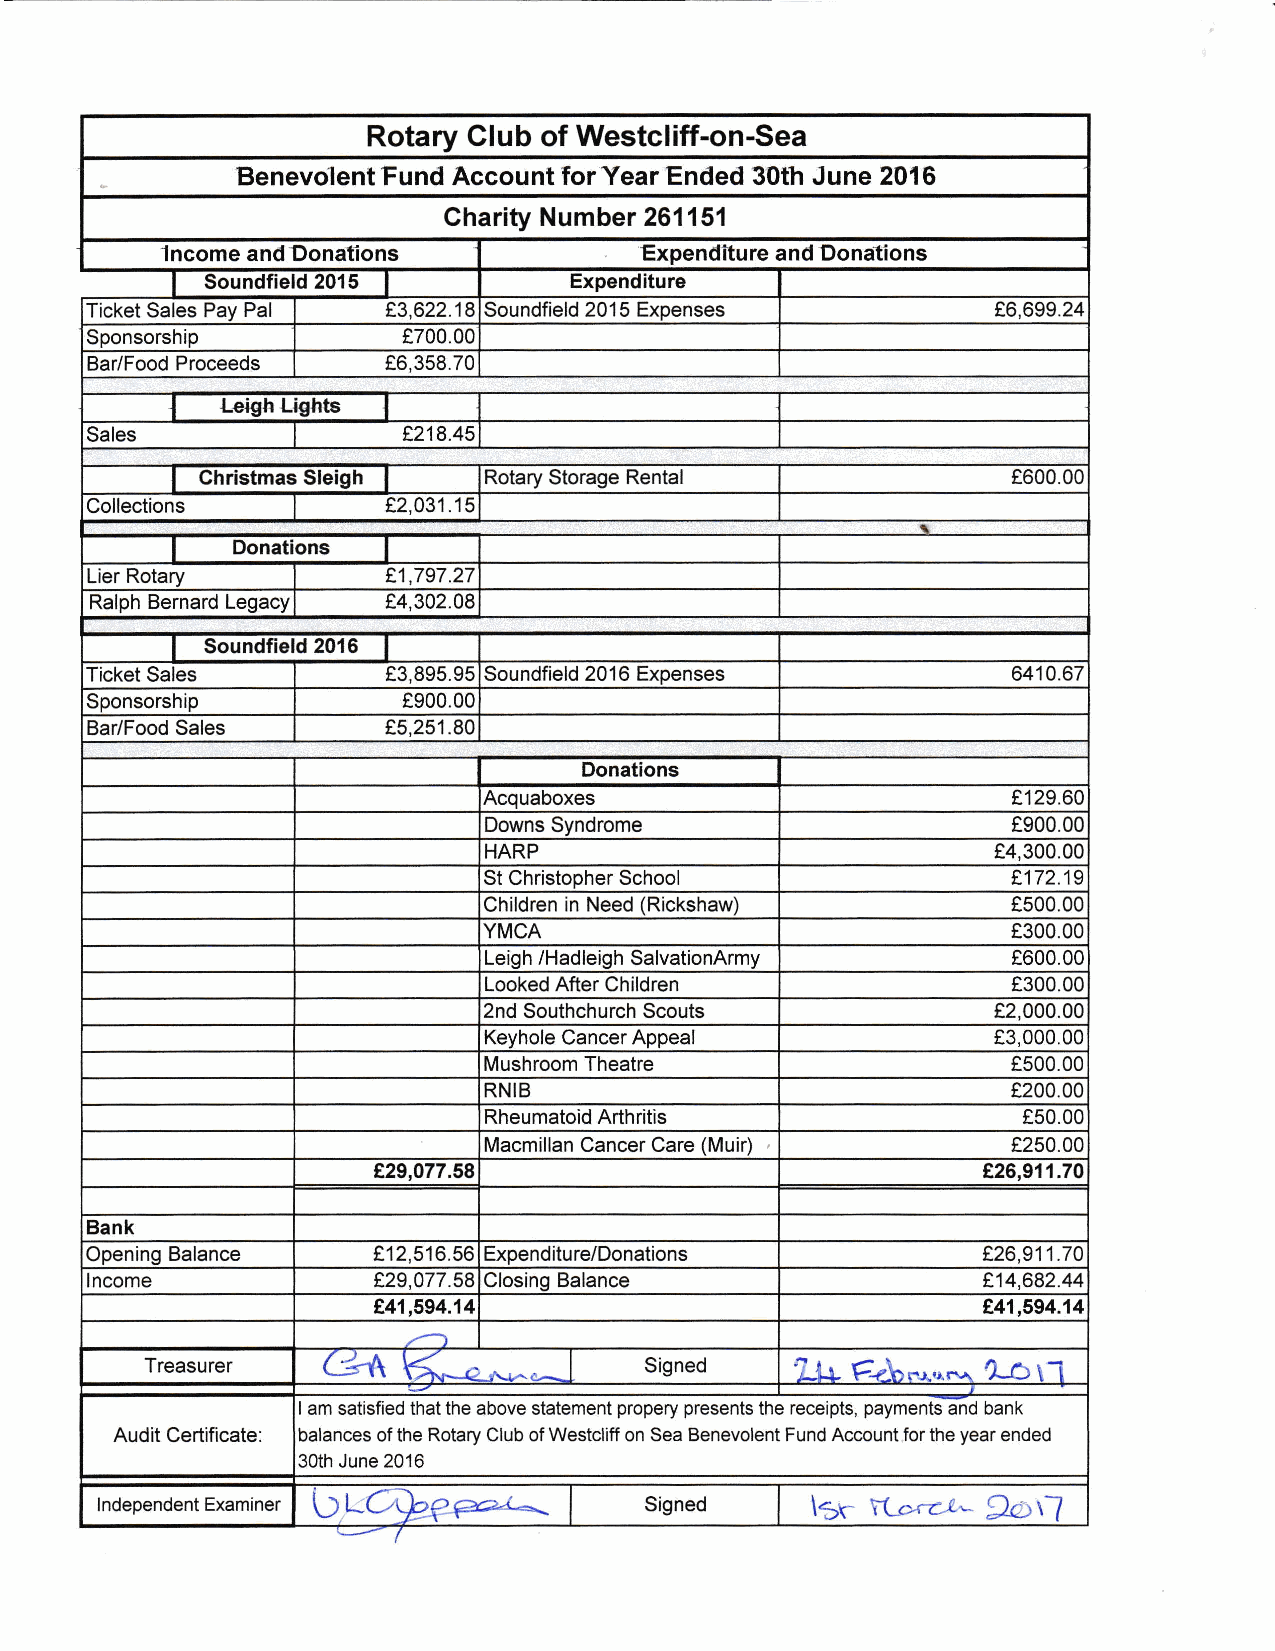
Rotary Club of Westcliff-on-Sea
 Benevolent Fund Account forYear Ended 30th June 2016
 Charity Number 261151
 Income and Donations           Expendfture and Donalions
 Soundfield 2015         Expenditure
 Ticket Sales Pay Pal 83,622.18 Soundfield 201 5 Expenses    e6,699.24
 Sponsorship          t700.00
 Bar/Food Proceeds   e6,358.70
 Le(lh Li{thts
 Sales                8218.45
 Christmas Sleigh   Rotary Storage Rental              f600.00
 Collections         e2,031 .15
 I
 Donations
 Lier Rotary         81,797.27
 Ralph Bernard Legacy 84,302.08
 Soundfield 2016
 Ticket Sales        83.895.95 Soundfield 201 6 Expenses      6410.67
 Sponsorship          f900.00
 Bar/Food Sales      85,251.80
 Donatlons
 Acquaboxes                         f129.60
 Downs Svndrome                     8900.00
 HARP                              e4.300.00
 St Christopher School              1172.19
 Children in Need (Rickshaw)        t500.00
 YMCA                               f300.00
 Leigh /Hadleigh SalvationArmy      t600.00
 Looked After Children              f300.00
 2nd Southchurch Scouts            e2,000.00
 Kevhole Cancer Aopeal             t3,000.00
 Mushroom Theatre                   €500.00
 RNIB                               f200.00
 Rheumatoid Arthritis                t50.00
 Macmillan Cancer Care (Muir)       t250.00
 829,077.58                              Q26.911.70
 Bank
 Opening Balance    €12,516.56 Expend itu relDonations      226,911.70
 lncome             829,077.58 Closino Balance              E14,682.44
 841,594.14                              841,594.14
 ./-l
 (.*1\
 Treasurer        \{.--a^,^"^.[   signed    ? tu E"LF,'rrra-\ ?=o r.1
 I am satisfied that the above statement propery presents the receipts, payments and bank
 Audit Certificate: balances of the Rotary Club of Westcliff on Sea Benevolent Fund Account for the year ended
 30th June 2016
 OLOtb?           |               \+r (e.ez-
 lndependent Examiner                sisneo                9Ot-7